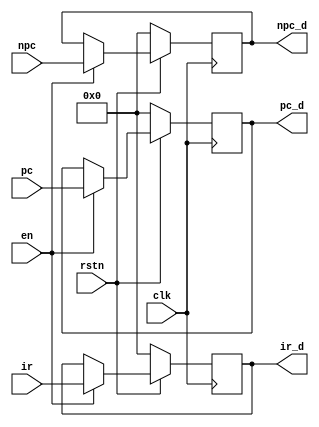
`timescale 1ns / 1ps
//////////////////////////////////////////////////////////////////////////////////
// Company: 
// Engineer: 
// 
// Design Name: 
// Module Name: MEM_WB
// Project Name: 
// Target Devices: 
// Tool Versions: 
// Description: 
// 
// Dependencies: 
// 
// Revision:
// Revision 0.01 - File Created
// Additional Comments:
// 
//////////////////////////////////////////////////////////////////////////////////


module IF_ID(
    input [31:0] pc,
    input [31:0] npc,
    input [31:0] ir,
    input clk,
    input en,
    input rstn,
    output [31:0] pc_d,
    output [31:0] npc_d,
    output [31:0] ir_d
);
reg [31:0] PC = 32'b0;
reg [31:0] NPC = 32'b0;
reg [31:0] IR = 32'b0;

always@(posedge clk) begin
    if(!rstn)
    begin
        PC <= 32'b0;
        NPC <= 32'b0;
        IR <= 32'b0;
    end
    else if(!en)
    begin
        // IR <= 32'b0;
    end
    else
    begin
        PC <= pc;
        NPC <= npc;
        IR <= ir;
    end
end
assign pc_d = PC;
assign npc_d = NPC;
assign ir_d = IR;
endmodule